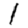
Digit: 1